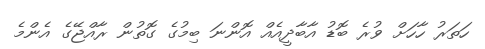
ހަތަރު ހާހަށް ވުރެ ބޮޑު އާބާދީއެއް އޮންނަ ބިމުގެ ގޮތުން ރާއްޖޭގެ އެންމެ